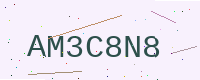
Text: AM3C8N8